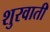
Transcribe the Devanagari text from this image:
शुरवाती